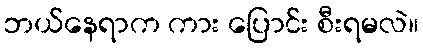
ဘယ်နေရာက ကား ပြောင်း စီးရမလဲ။